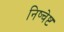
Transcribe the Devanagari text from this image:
निष्चेष्ट